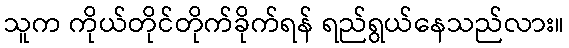
သူက ကိုယ်တိုင်တိုက်ခိုက်ရန် ရည်ရွယ်နေသည်လား။